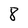
Character: 8